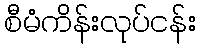
စီမံကိန်းလုပ်ငန်း